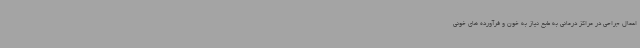
اعمال جراحی در مراکز درمانی به طبع نیاز به خون و فرآورده های خونی